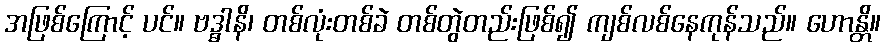
အဖြစ်ကြောင့် ပင်။ ဗဒ္ဓါနိ၊ တစ်လုံးတစ်ခဲ တစ်တွဲတည်းဖြစ်၍ ကျစ်လစ်နေကုန်သည်။ ဟောန္တိ။